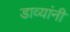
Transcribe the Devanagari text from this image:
डाव्यांनी